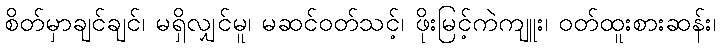
စိတ်မှာချင်ချင်၊ မရှိလျှင်မူ၊ မဆင်ဝတ်သင့်၊ ဖိုးမြင့်ကဲကျူး၊ ဝတ်ထူးစားဆန်း၊